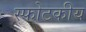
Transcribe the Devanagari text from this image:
स्फोटकीय